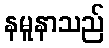
နမူနာသည်